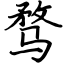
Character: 骛